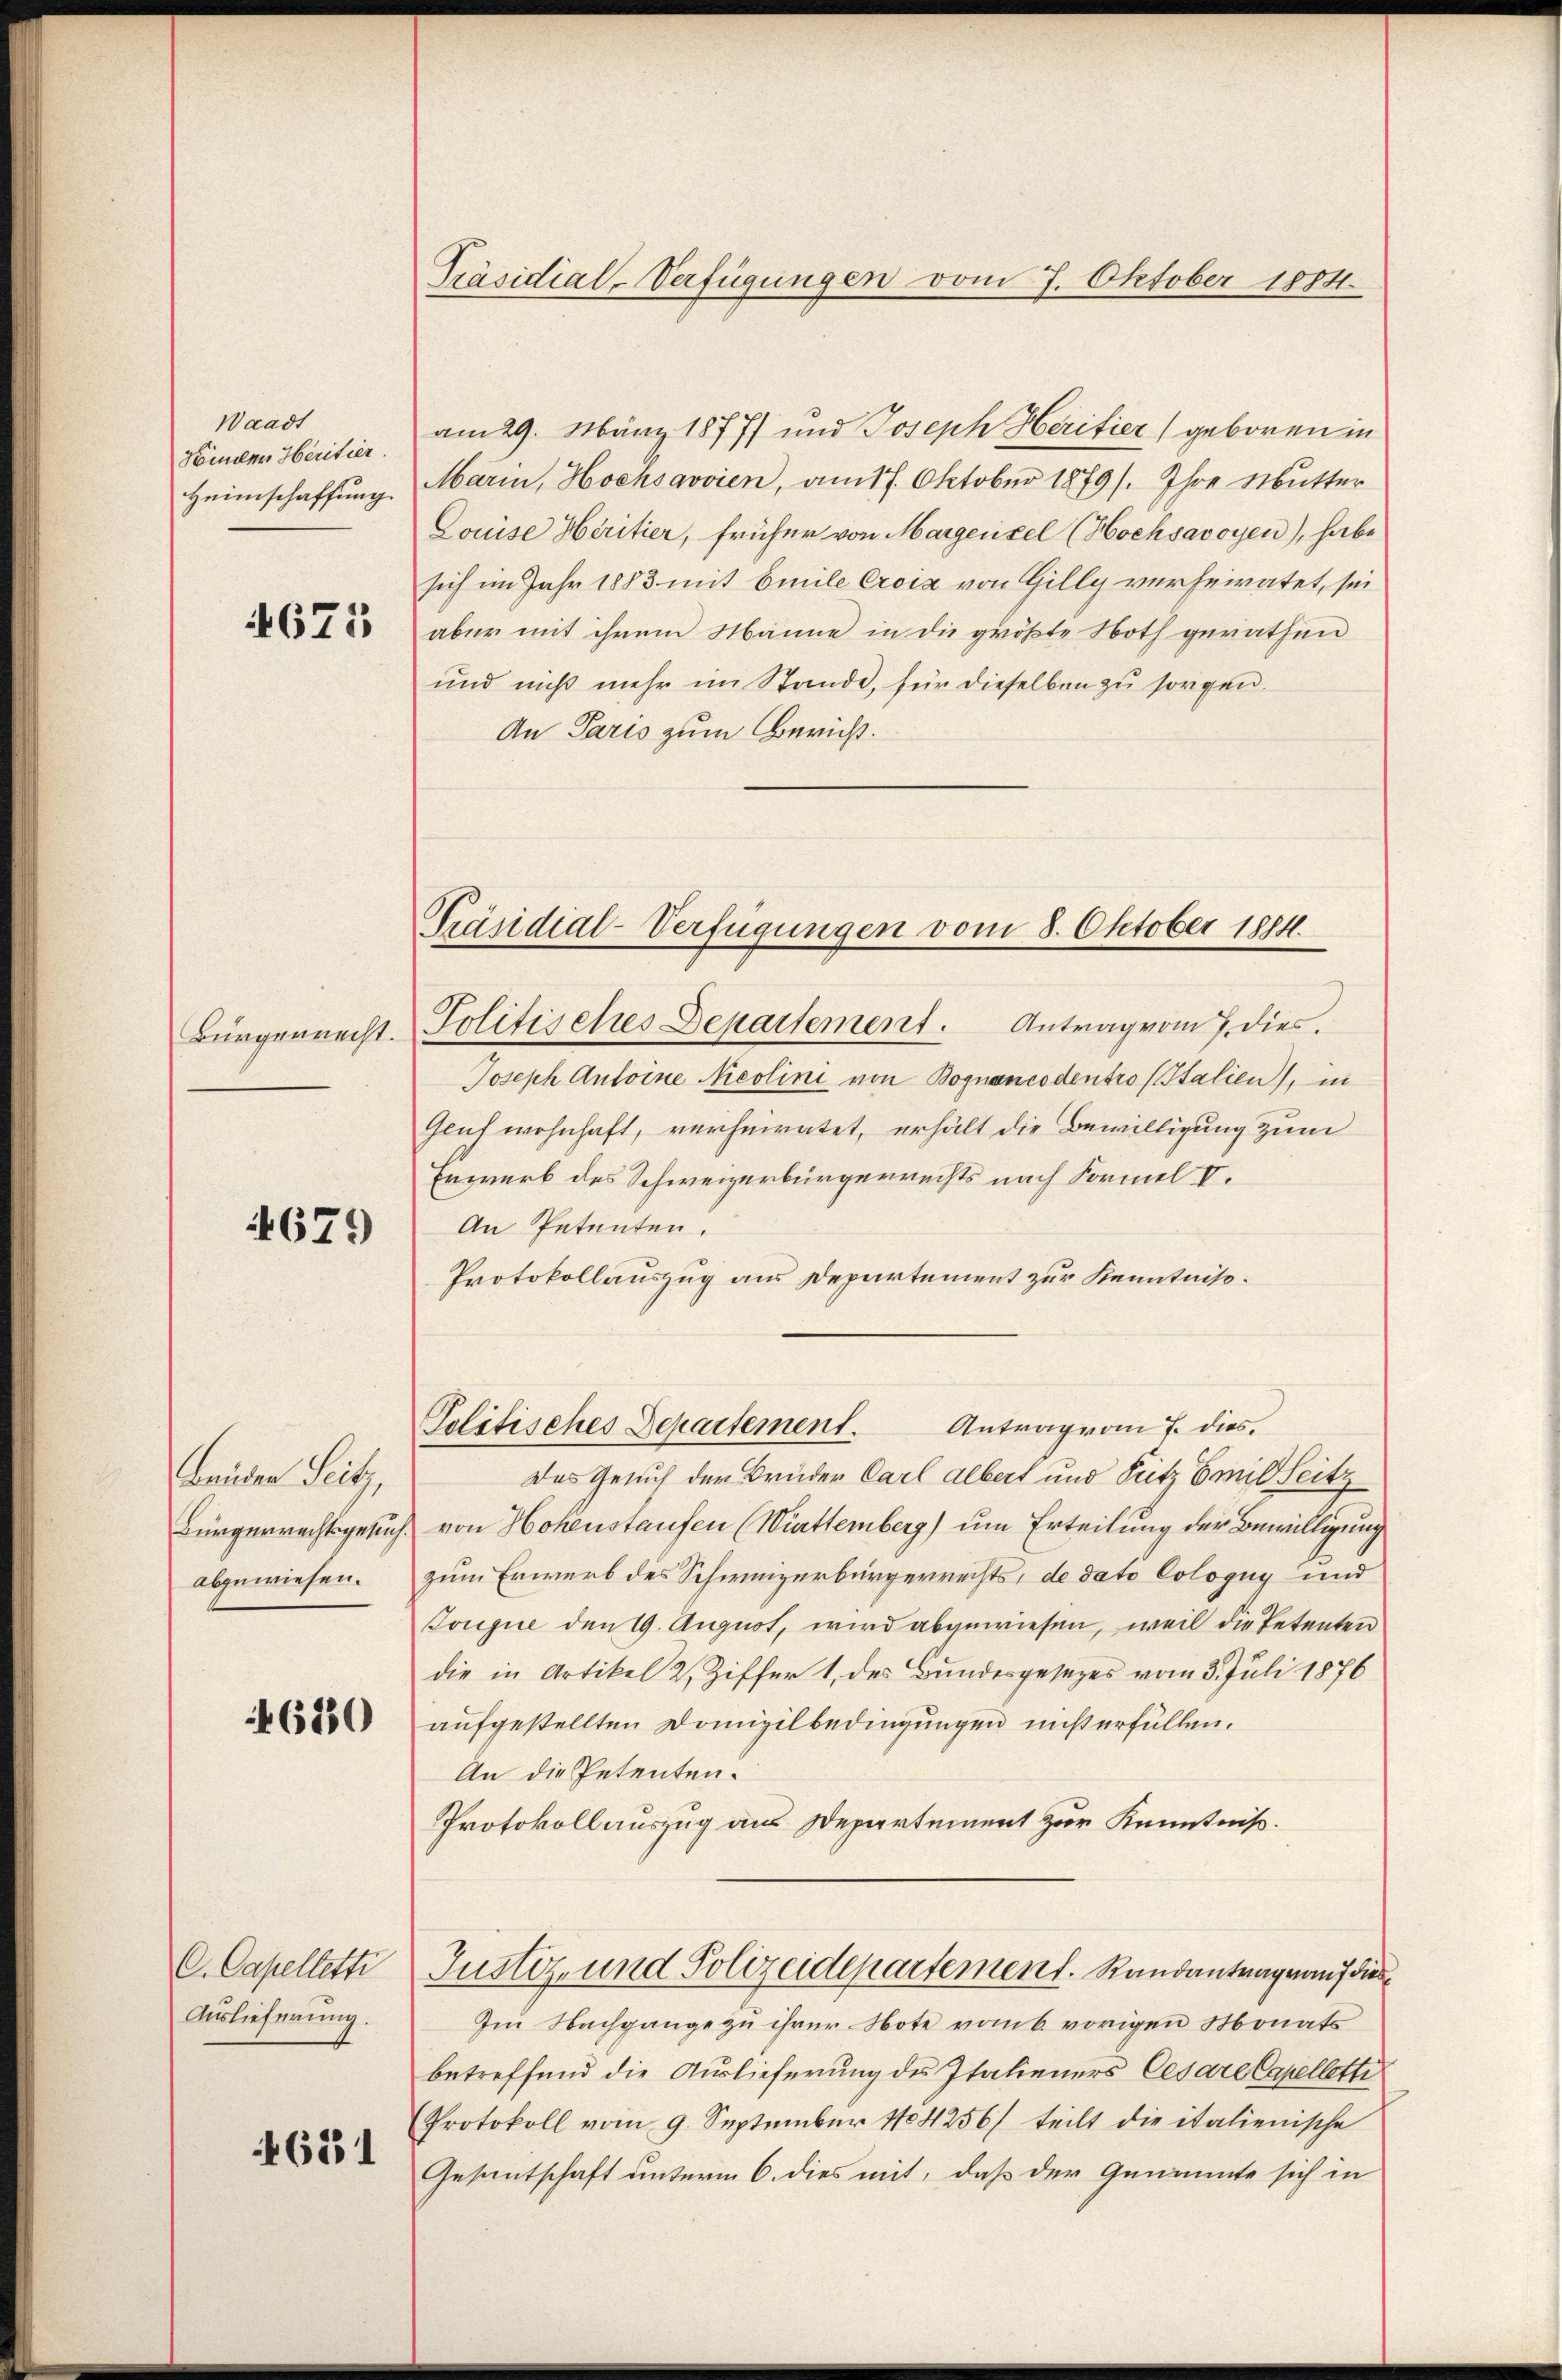
Waadt
Kömden Heritier.
Heimschaffung

4675

Bürgerrecht.

671)

Beiden Seitz,
Bürgerrechtsgesuch.
abgewiesen.

680

C. Capelletti
Auslieferung.

651

Präsidial-Verfügungen vom 7. Oktober 1884.

am 29. März 1877/ und Joseph Heritier (geboren in
Marin, Hochsqvvien, am 17. Oktober 1879/. Ihre Mutter
Louise Héritier, früher von Margenzel (Hochsavoyen), habe
sich im Jahr 1883 mit Emile Croix von Gilly verheiratet, sei
aber mit ihrem Manne in die größte Noth gerathen
und nicht mehr im Stande, für dieselben zu sorgen.
An Paris zum Bericht.

Präsidial-Verfügungen vom 8. Oktober 1814.

Politisches Departement. Antrag vom 7. dies
Joseph Antoine Nicolini von Boguancodentro (Italien), in
Geuf wohnhaft, verheiratet, erhält die Bewilligung zum
Erwerb des Schweizerbürgerrechts nach Formel V.
An Petenten.
Protokollauszug aus Departement zur Kenntniß¬
Antrag vom 7. dies¬
Politisches Departement.
Das Gesuch der Brüder Carl Albert und Pritz Emil Seitz
von Hohenstaufen (Württemberg) um Erteilung der Bewilligung
zum Erwerb des Schweizerbürgerrechts, de dato Cologug und
Jouque den 19. August, wird abgewiesen, weil die Petenten
die in Artikel 2, Ziffer 1, des Bundesgesezes vom 3. Juli 1876
aufgestellten Domizilbedingungen miserfüllen.
An die Petenten.
Protokollauszug aus Departement zur Kenntniß.
Justiz- und Polizeidepartement. Randantrag auf dies
Im Nachgange zu ihrer Note vom 6. vorigen Monats
betreffend die Auslieferung des Italieners Cesare Capellette
Protokoll vom 9. September 184256/ teilt die italienische
Gesantschaft unterm 6. dies mit, daß der Genannte sich in